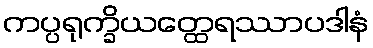
ကပ္ပရုက္ခိယတ္ထေရဿာပဒါနံ